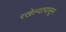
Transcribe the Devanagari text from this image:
रखेल्यापासून